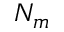
N _ { m }